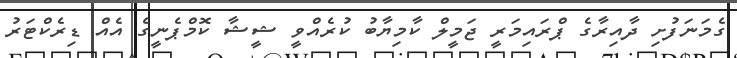
ގެމަނަފުށި ދާއިރާގެ ޕްރައިމަރީ ޖަމީލް ކާމިޔާބު ކުރެއްވީ ޝީޝާ ކޮމްޕެނީގެ އެއް ޑިރެކްޓަރު